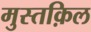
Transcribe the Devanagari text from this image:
मुस्तक़िल